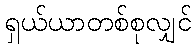
ရှယ်ယာတစ်စုလျှင်